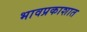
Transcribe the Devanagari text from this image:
भावप्रकाशात